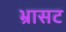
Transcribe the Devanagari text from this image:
भ्रासट